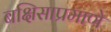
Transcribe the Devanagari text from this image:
बक्षिसाप्रमाणे